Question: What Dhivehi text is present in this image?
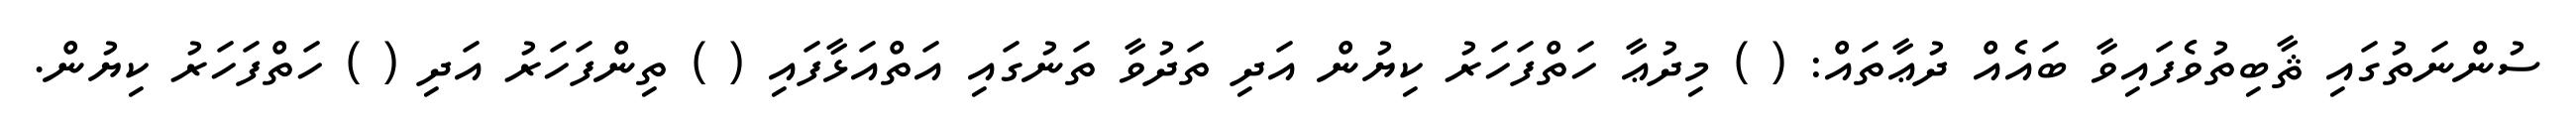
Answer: ސުންނަތުގައި ޘާބިތުވެފައިވާ ބައެއް ދުޢާތައް: ( ) މިދުޢާ ހަތްފަހަރު ކިޔުން އަދި ތަދުވާ ތަނުގައި އަތްއަޅާފައި ( ) ތިންފަހަރު އަދި ( ) ހަތްފަހަރު ކިޔުން.